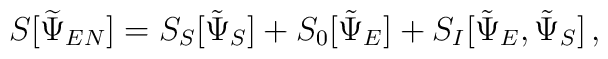
S[\widetilde{\Psi}_{EN}]=S_S[\tilde \Psi_S]+S_0[\tilde\Psi_E]+S_I[\tilde \Psi_E, \tilde \Psi_S]\,,